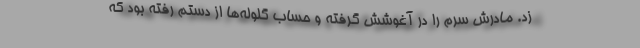
زد. مادرش سرم را در آغوشش گرفته و حساب گلوله‌ها از دستم رفته بود که